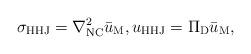
LaTeX: \begin{align*} \sigma_{\rm HHJ}=\nabla^2_{\rm NC}\bar{u}_{\rm M},u_{\rm HHJ}=\Pi_{\rm D}\bar{u}_{\rm M},\end{align*}